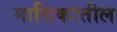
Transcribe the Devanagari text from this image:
मासिकांतील